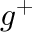
g ^ { + }